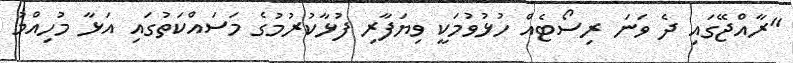
"ރާއްޖޭގައި ދެ ވަނަ ރިސޯޓެއް ހުޅުވުމަކީ ވިޔަފާރި ފުޅާކުރުމުގެ މަސައްކަތުގައި އަޅާ މުހިއްމު